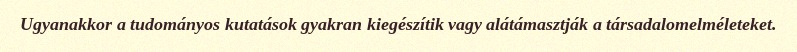
Ugyanakkor a tudományos kutatások gyakran kiegészítik vagy alátámasztják a társadalomelméleteket.